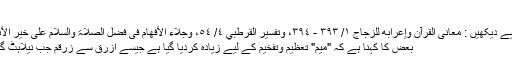
الخ
(تفصیل کے لیے دیکھیں : معانی القرآن وإعرابه للزجاج ١/ ٣٩٣ - ٣٩٤، وتفسير القرطبي ٤/ ٥٤، وجلاء الأفھام فی فضل الصلاۃ والسلام علیٰ خیر الأنام ص: ١٤٣)
بعض کا کہنا ہے کہ "میم" تعظیم وتفخیم کے لیے زیادہ کردیا گیا ہے جیسے ازرق سے زرقم جب نیلاہٹ گہری ہوجائے۔